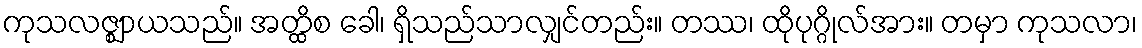
ကုသလဇ္ဈာယသည်။ အတ္ထိစ ခေါ၊ ရှိသည်သာလျှင်တည်း။ တဿ၊ ထိုပုဂ္ဂိုလ်အား။ တမှာ ကုသလာ၊